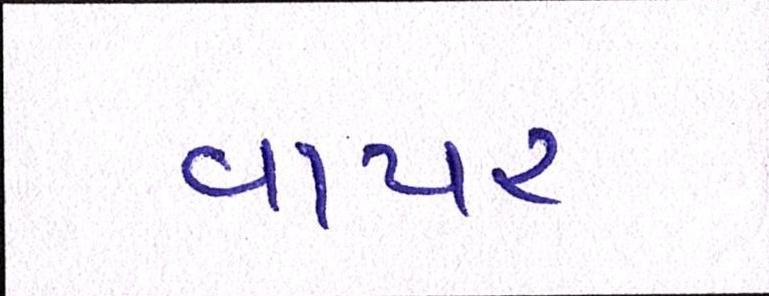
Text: વાયર